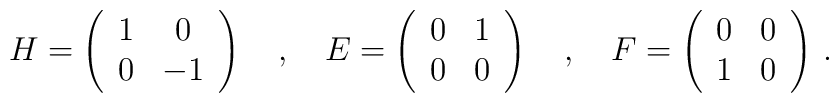
H=\left ( \begin{array}{cc} 1 & 0 \\ 0 & -1 \\ \end{array} \right )\quad , \quad E=\left ( \begin{array}{cc} 0 & 1 \\ 0 & 0 \\\end{array}\right ) \quad , \quad F=\left ( \begin{array}{cc} 0 & 0 \\1 & 0 \\ \end{array}\right )\, .